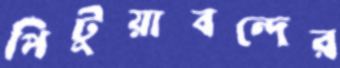
পিটুয়াবন্দের